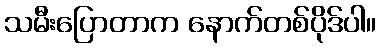
သမီးပြောတာက နောက်တစ်ပိုဒ်ပါ။